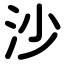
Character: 沙